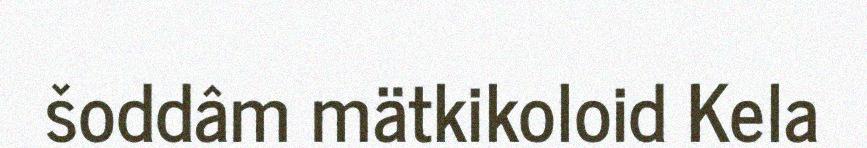
šoddâm mätkikoloid Kela